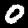
Label: 0